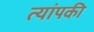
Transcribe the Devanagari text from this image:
त्यांपकी